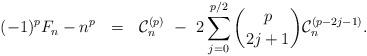
LaTeX: \begin{align*} (-1)^p F_n - n^p \ \ = \ \ \mathcal{C}_n^{(p)} \ - \ 2\sum_{j=0}^{p/2} \binom{p}{2j+1} \mathcal{C}_n^{(p-2j-1)}.\end{align*}